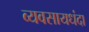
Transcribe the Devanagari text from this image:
व्यवसायधंदा